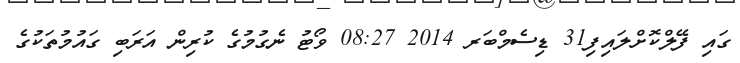
ގައި ފޭލްކޮށްލައިފި31 ޑިސެމްބަރ 2014 08:27 ވޯޓު ނެގުމުގެ ކުރިން އަރަބި ގައުމުތަކުގެ